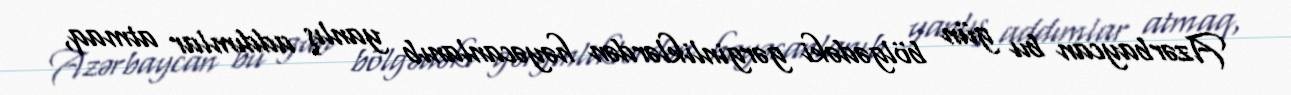
Azərbaycan bu gün bölgədəki gərginliklərdən həyəcanlanıb yanlış addımlar atmaq,